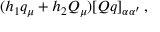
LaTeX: ( h _ { 1 } q _ { \mu } + h _ { 2 } Q _ { \mu } ) [ Q q ] _ { \alpha \alpha ^ { \prime } } \, ,